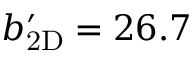
\ensuremath { b _ { \mathrm { 2 D } } ^ { \prime } } = 2 6 . 7